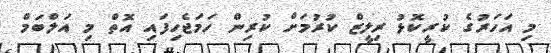
މި އަހަރުގެ ކުރީކޮޅު ރިލީޒް ކުރުމަށް ކުރިން ހަމަޖެހިފައި އޮތް މި އަލްބަމް